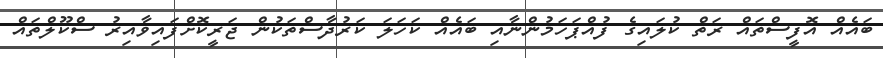
ބައެއް އޮފީސްތައް ރަތް ކުލައިގެ ފުއްޕަހަމުންނާއި ބައެއް ކަހަލަ ކަރުދާސްތަކުން ޖަރީކޮށްފައިވާއިރު ސްކޫލްތައް